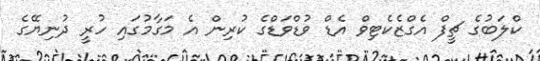
ކްލަބުގެ ޗީފް އެގްޒެކެޓިވް އެޑް ވުޑްވަޑްގެ ކުރިން އެ މަގާމުގައި ހުރީ ދުނިޔޭގެ